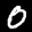
Label: 0